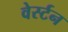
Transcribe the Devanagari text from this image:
वेर्स्‍टन